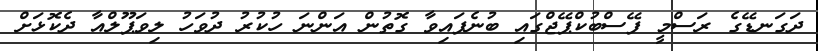
ދަގަނޑޭގެ ރަސްމީ ފޭސްބުކްޕޭޖްގައި ބުނެފައިވާ ގޮތުން އަންނަ ހުކުރު ދުވަހު ލިވަޕޫލްއާ ދެކޮޅަށް